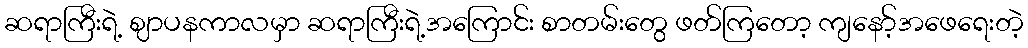
ဆရာကြီးရဲ့ ဈာပနကာလမှာ ဆရာကြီးရဲ့အကြောင်း စာတမ်းတွေ ဖတ်ကြတော့ ကျနော့်အဖေရေးတဲ့